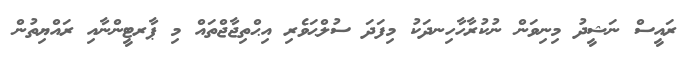
ރައީސް ނަޝީދު މިނިވަން ނުކުރާހާހިނދަކު މިފަދަ ސުލްޙަވެރި އިޙްތިޖާޖްތައް މި ޕާރޓީންނާއި ރައްޔިތުން